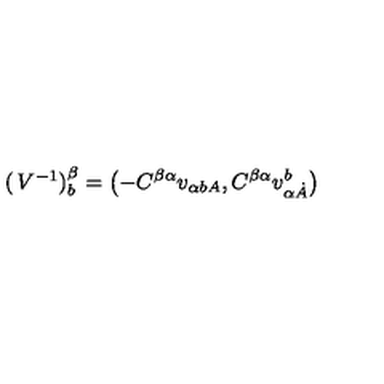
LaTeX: \left( \begin{matrix} { V ^ { - { 1 } } } \\ \end{matrix} \right) _ { { b } } ^ { { \beta } } = \left( - C ^ { { \beta } { \alpha } } v _ { { \alpha } { { b } A } } , C ^ { { \beta } { \alpha } } v _ { { \alpha } { \dot { A } } } ^ { { b } } \right)